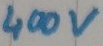
Text: 400v